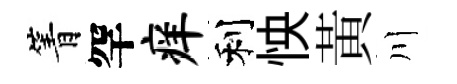
箐罕痒利怏黃川